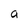
Character: a